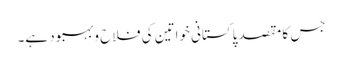
جس کا مقصد پاکستانی خواتین کی فلاح و بہبود ہے۔